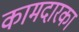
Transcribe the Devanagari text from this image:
कामदारका